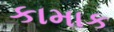
કામાક